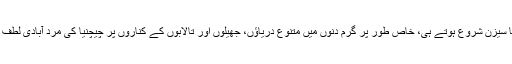
پیراکی کا سیزن شروع ہوتے ہی، خاص طور پر گرم دنوں میں متنوع دریاؤں، جھیلوں اور تالابوں کے کناروں پر چیچنیا کی مرد آبادی لطف لیتی ہے۔